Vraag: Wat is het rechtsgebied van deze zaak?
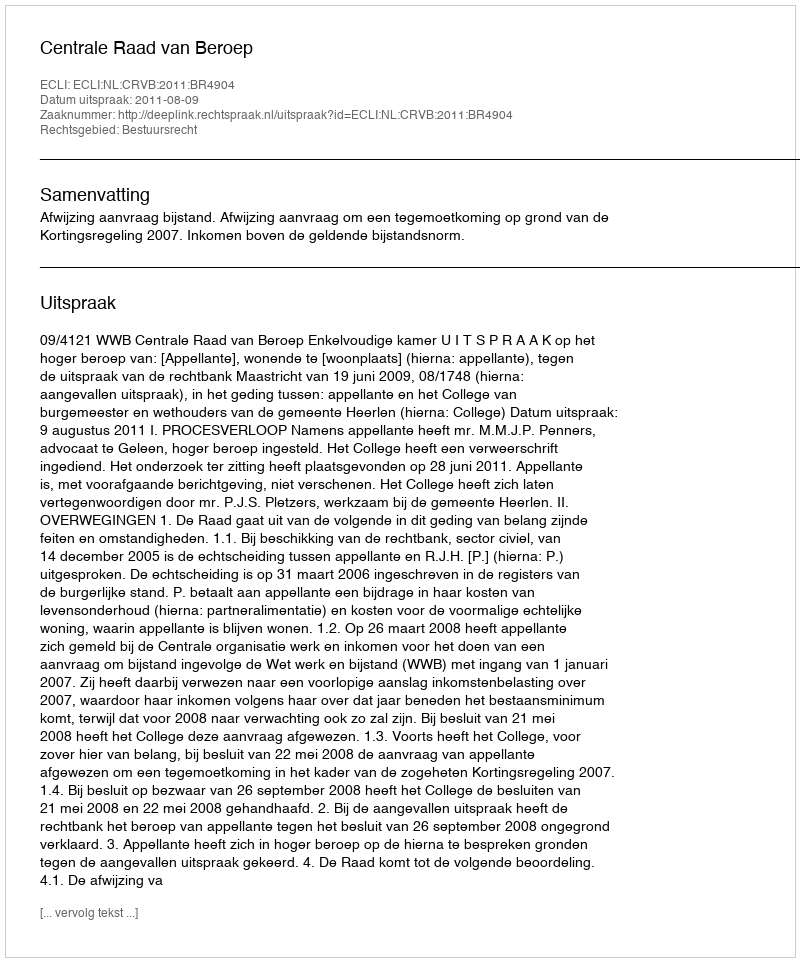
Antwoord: Bestuursrecht